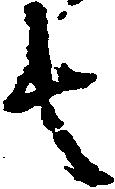
者